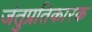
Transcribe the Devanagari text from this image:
जंतुप्रतिकारक